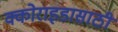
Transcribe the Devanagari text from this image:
क्कोराइडासाठी